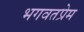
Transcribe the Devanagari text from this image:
भगवतप्रेम